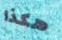
هكذا